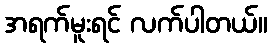
အရက်မူးရင် လက်ပါတယ်။